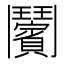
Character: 𩰝